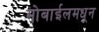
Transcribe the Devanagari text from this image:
मोबाईलमधून